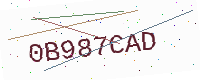
Text: 0B987CAD